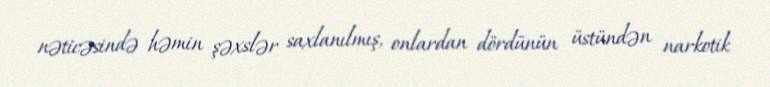
nəticəsində həmin şəxslər saxlanılmış, onlardan dördünün üstündən narkotik